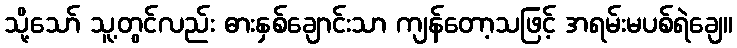
သို့သော် သူ့တွင်လည်း ဓားနှစ်ချောင်းသာ ကျန်တော့သဖြင့် အရမ်းမပစ်ရဲချေ။